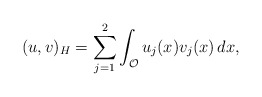
\begin{align*}(u,v)_H=\sum_{j=1}^{2}\int_{\mathcal{O}}u_{j}(x)v_{j}(x)\,{d}x,\end{align*}